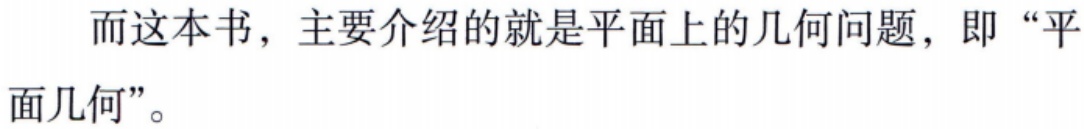
而这本书，主要介绍的就是平面上的几何问题，即“平面几何”。